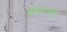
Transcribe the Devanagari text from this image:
बीकोलाई